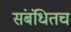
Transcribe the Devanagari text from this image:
संबंधितच